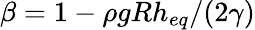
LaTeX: \beta=1-\rho gRh_{eq}/(2\gamma)